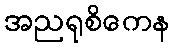
အညရုစိကေန